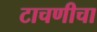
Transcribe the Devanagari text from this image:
टाचणीचा